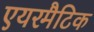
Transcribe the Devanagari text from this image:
एयरमैटिक